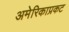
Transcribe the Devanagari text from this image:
अमेरिकाप्रकट